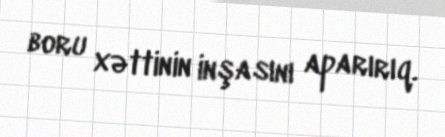
boru xəttinin inşasını aparırıq.